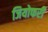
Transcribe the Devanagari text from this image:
जियोफरी